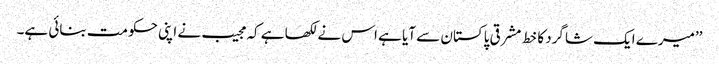
’’میرے ایک شاگرد کا خط مشرقی پاکستان سے آیا ہے اس نے لکھا ہے کہ مجیب نے اپنی حکومت بنائی ہے۔